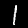
Label: 1